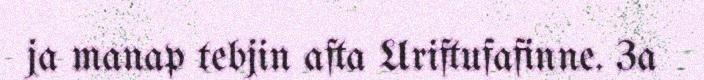
ja manap tebjin afta Uriftufafinne. 3a